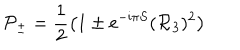
{ \cal P } _ { \pm } = \frac { 1 } { 2 } \left( 1 \pm { \mathrm e } ^ { - { \mathrm i } \pi S } ( { \cal R } _ { 3 } ) ^ { 2 } \right)